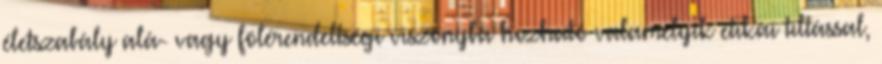
életszabály alá- vagy fölérendeltségi viszonyba hozható valamelyik etikai tiltással,